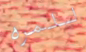
للمره